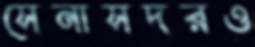
সেনাসদরও